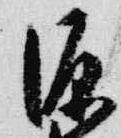
源